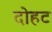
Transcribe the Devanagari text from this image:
दोहट